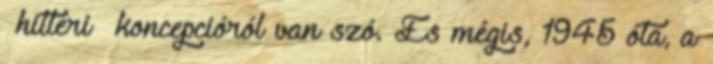
»hitleri« koncepcióról van szó. És mégis, 1945 óta, a